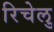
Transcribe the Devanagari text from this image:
रिचेलु